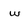
Character: W